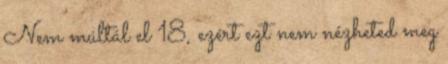
Nem múltál el 18, ezért ezt nem nézheted meg